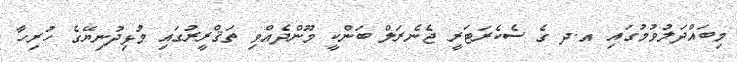
މިބައްދަލުވުމުގައި އ.ދ ގެ ސެކެރަޓަރީ ޖެނެރަލް ބަންކީ މޫންދެއްވި ތަޤްރީރުގައި މުޅިދުނިޔޭގެ ހުރިހާ